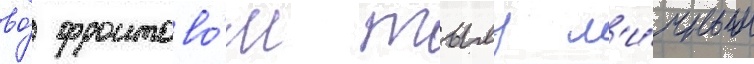
во́ фронтово́м тылу л'и́чным